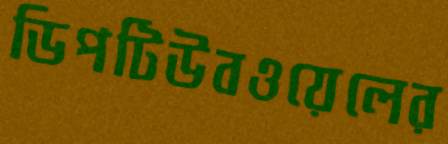
ডিপটিউবওয়েলের